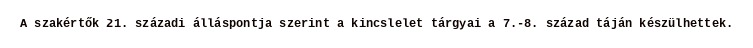
A szakértők 21. századi álláspontja szerint a kincslelet tárgyai a 7.-8. század táján készülhettek.